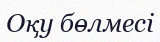
Оқу бөлмесі